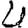
Digit: 4